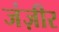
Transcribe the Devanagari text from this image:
जंज़ीर